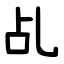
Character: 乩